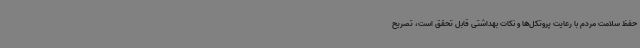
حفظ سلامت مردم با رعایت پروتکل‌ها و نکات بهداشتی قابل تحقق است، تصریح